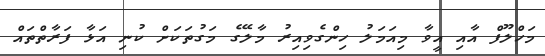
މަހްލޫފް އާއި އީވާ މިއަމަލު ހިންގެވިއިރު މާލޭގެ މަގުތަކަށް ކުނި އަޅާ ފަރާތްތައް